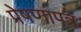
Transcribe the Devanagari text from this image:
प्रेषणापत्र